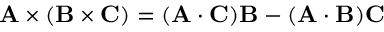
{ \bf A } \times ( { \bf B } \times { \bf C } ) = ( { \bf A } \cdot { \bf C } ) { \bf B } - ( { \bf A } \cdot { \bf B } ) { \bf C }